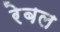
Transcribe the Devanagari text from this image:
रेबल